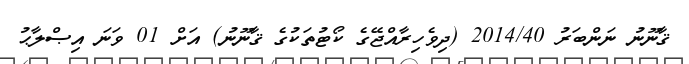
ޤާނޫނު ނަންބަރު 2014/40 (ދިވެހިރާއްޖޭގެ ކޯޓުތަކުގެ ޤާނޫނު) އަށް 01 ވަނަ އިޞްލާޙު